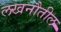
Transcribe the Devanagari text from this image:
लखनौतील